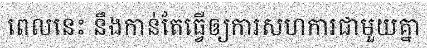
ពេលនេះ នឹងកាន់តែធ្វើឲ្យការសហការជាមួយគ្នា